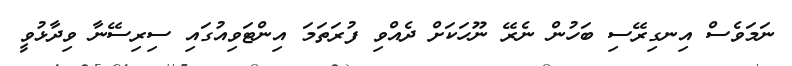
ނަމަވެސް އިނގިރޭސި ބަހުން ނެރޭ ނޫހަކަށް ދެއްވި ފުރަތަމަ އިންޓަވިއުގައި ސިރިސޭނާ ވިދާޅުވީ